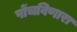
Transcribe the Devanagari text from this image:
पोंचविणारा